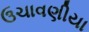
ઉચાવણીયા